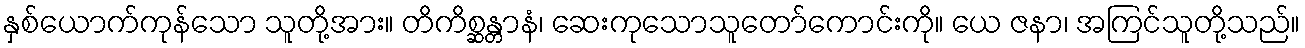
နှစ်ယောက်ကုန်သော သူတို့အား။ တိကိစ္ဆန္တာနံ၊ ဆေးကုသောသူတော်ကောင်းကို။ ယေ ဇနာ၊ အကြင်သူတို့သည်။